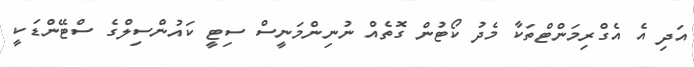
އަދި އެ އެގްރިމަންޓްތަކާ މެދު ކޯޓުން ގޮތެއް ނުނިންމަނީސް ސިޓީ ކައުންސިލްގެ ސްޓޭންޑަކީ